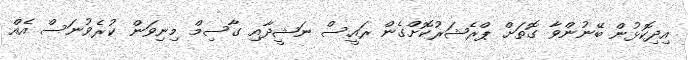
އިދިކޮޅުން ބޭނުންވާ ގޮތަށް ޕްރެޝަރުކޮށްގެން ރައީސް ނަޝީދާއި ގާސިމް މިނިވަން ކުރެވުނަސް އެއް